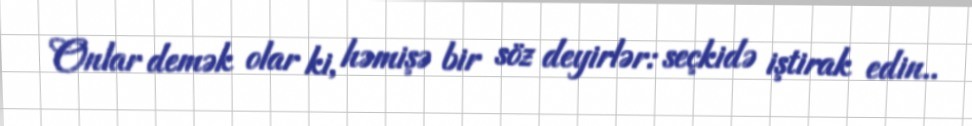
Onlar demək olar ki, həmişə bir söz deyirlər: seçkidə iştirak edin..